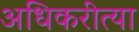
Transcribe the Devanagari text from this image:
अधिकरीत्या